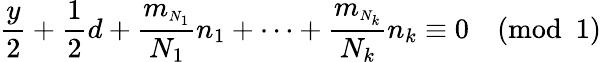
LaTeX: \frac{y}{2}+\frac{1}{2}d+\frac{m_{\scriptscriptstyle{N_{1}}}}{N_{1}}n_{1}+\cdots+\frac{m_{\scriptscriptstyle{N_{k}}}}{N_{k}}n_{k}\equiv 0\pmod 1